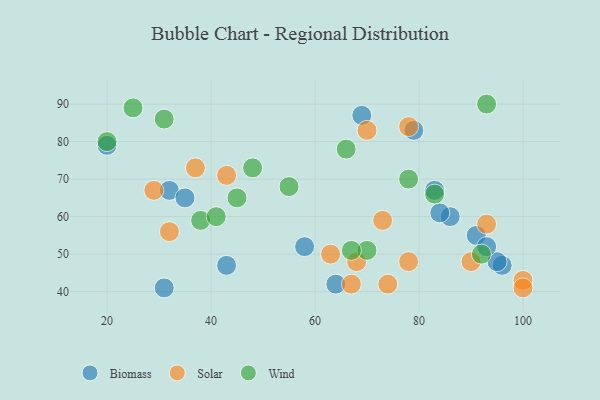
{"axis": {"x": "GDP", "y": "Life Expectancy"}, "legend": ["Biomass", "Solar", "Wind"], "data": [{"x": "31", "y": 41, "type": "Biomass"}, {"x": "91", "y": 55, "type": "Biomass"}, {"x": "43", "y": 47, "type": "Biomass"}, {"x": "20", "y": 79, "type": "Biomass"}, {"x": "96", "y": 47, "type": "Biomass"}, {"x": "64", "y": 42, "type": "Biomass"}, {"x": "58", "y": 52, "type": "Biomass"}, {"x": "69", "y": 87, "type": "Biomass"}, {"x": "32", "y": 67, "type": "Biomass"}, {"x": "86", "y": 60, "type": "Biomass"}, {"x": "84", "y": 61, "type": "Biomass"}, {"x": "95", "y": 48, "type": "Biomass"}, {"x": "83", "y": 67, "type": "Biomass"}, {"x": "93", "y": 52, "type": "Biomass"}, {"x": "79", "y": 83, "type": "Biomass"}, {"x": "35", "y": 65, "type": "Biomass"}, {"x": "37", "y": 73, "type": "Solar"}, {"x": "78", "y": 48, "type": "Solar"}, {"x": "43", "y": 71, "type": "Solar"}, {"x": "63", "y": 50, "type": "Solar"}, {"x": "32", "y": 56, "type": "Solar"}, {"x": "93", "y": 58, "type": "Solar"}, {"x": "29", "y": 67, "type": "Solar"}, {"x": "74", "y": 42, "type": "Solar"}, {"x": "70", "y": 83, "type": "Solar"}, {"x": "73", "y": 59, "type": "Solar"}, {"x": "78", "y": 84, "type": "Solar"}, {"x": "67", "y": 42, "type": "Solar"}, {"x": "90", "y": 48, "type": "Solar"}, {"x": "68", "y": 48, "type": "Solar"}, {"x": "100", "y": 43, "type": "Solar"}, {"x": "100", "y": 41, "type": "Solar"}, {"x": "92", "y": 50, "type": "Wind"}, {"x": "45", "y": 65, "type": "Wind"}, {"x": "78", "y": 70, "type": "Wind"}, {"x": "48", "y": 73, "type": "Wind"}, {"x": "55", "y": 68, "type": "Wind"}, {"x": "31", "y": 86, "type": "Wind"}, {"x": "38", "y": 59, "type": "Wind"}, {"x": "83", "y": 66, "type": "Wind"}, {"x": "41", "y": 60, "type": "Wind"}, {"x": "20", "y": 80, "type": "Wind"}, {"x": "25", "y": 89, "type": "Wind"}, {"x": "70", "y": 51, "type": "Wind"}, {"x": "93", "y": 90, "type": "Wind"}, {"x": "66", "y": 78, "type": "Wind"}, {"x": "67", "y": 51, "type": "Wind"}]}